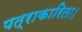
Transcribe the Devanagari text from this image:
पत्राकारिता।